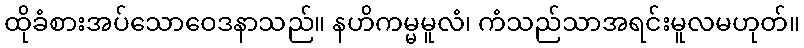
ထိုခံစားအပ်သောဝေဒနာသည်။ နဟိကမ္မမူလံ၊ ကံသည်သာအရင်းမူလမဟုတ်။